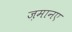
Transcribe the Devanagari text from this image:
ज़मानए